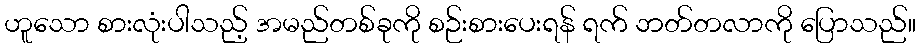
ဟူသော စားလုံးပါသည့် အမည်တစ်ခုကို စဉ်းစားပေးရန် ရက် ဘတ်တလာကို ပြောသည်။